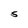
Character: 5